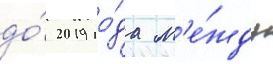
до́ 2019 го́да м'е́жду